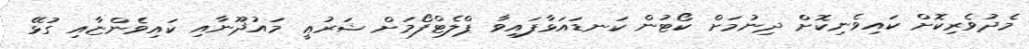
މެދުވެރިކޮށް ކައިވެނިކޮށް ދިނުމަށް ކޯޓުން ކަނޑައަޅާފައިވާ ޕްލެޓްފޯމަށް ޝަރުޢީ މައުޛޫނާއި ކައިވެންޏާއި ގުޅޭ